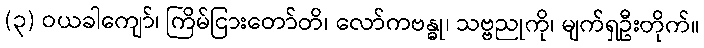
(၃) ဝယခါကျော်၊ ကြိမ်ငြားတော်တိ၊ လော်ကဗန္ဓု၊ သဗ္ဗညုကို၊ မျက်ရှဦးတိုက်။